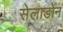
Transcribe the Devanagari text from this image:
सेलाडोन